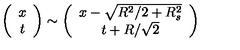
\left( \begin{array} { c } { x } \\ { t } \\ \end{array} \right) \sim \left( \begin{array} { c } { x - \sqrt { R ^ { 2 } / 2 + R _ { s } ^ { 2 } } } \\ { t + R / \sqrt { 2 } } \\ \end{array} \right)